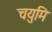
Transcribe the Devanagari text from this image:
चयुमि